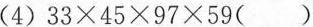
(4)$$3 3 \times 4 5 \times 9 7 \times 5 9 ( )$$